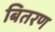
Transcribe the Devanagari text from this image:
बितरण